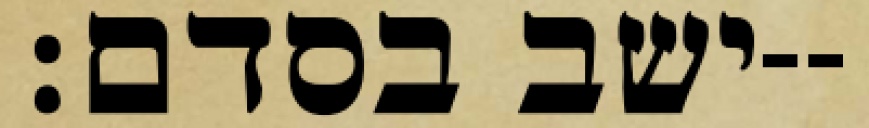
ישב בסדם׃--